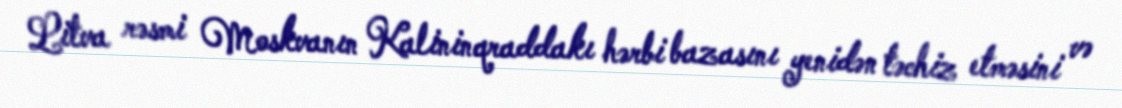
Litva rəsmi Moskvanın Kalininqraddakı hərbi bazasını yenidən təchiz etməsini və